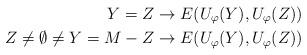
LaTeX: \begin{align*}Y=Z \rightarrow E(U_\varphi(Y),U_\varphi(Z)) \\Z\neq \emptyset \neq Y= M-Z \rightarrow E(U_\varphi(Y), U_\varphi(Z)) \end{align*}